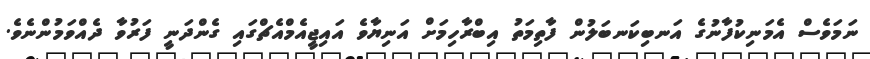
ނަމަވެސް އެމަނިކުފާނުގެ އަނބިކަނބަލުން ފާތިމަތު އިބްރާހިމަށް އަނިޔާވެ އައިޖީއެމްއެޗްގައި ގެންދަނީ ފަރުވާ ދެއްވަމުންނެވެ.